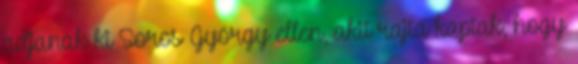
adjanak ki Soros György ellen, akit rajta kaptak, hogy